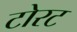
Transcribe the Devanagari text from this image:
टोरट